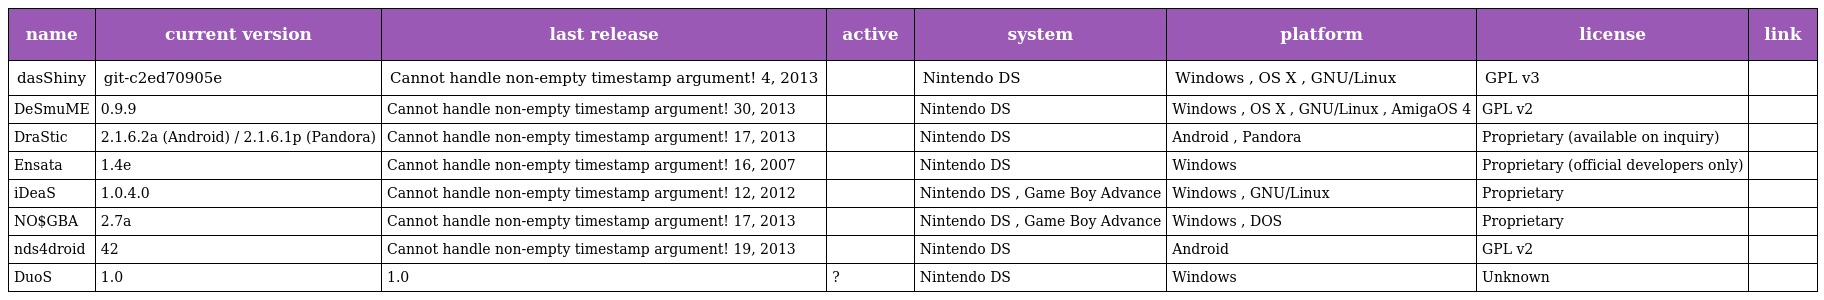
| name | current version | last release | active | system | platform | license | link |
 | --- | --- | --- | --- | --- | --- | --- | --- |
 | dasShiny | git-c2ed70905e | Cannot handle non-empty timestamp argument! 4, 2013 |  | Nintendo DS | Windows , OS X , GNU/Linux | GPL v3 |  |
 | DeSmuME | 0.9.9 | Cannot handle non-empty timestamp argument! 30, 2013 |  | Nintendo DS | Windows , OS X , GNU/Linux , AmigaOS 4 | GPL v2 |  |
 | DraStic | 2.1.6.2a (Android) / 2.1.6.1p (Pandora) | Cannot handle non-empty timestamp argument! 17, 2013 |  | Nintendo DS | Android , Pandora | Proprietary (available on inquiry) |  |
 | Ensata | 1.4e | Cannot handle non-empty timestamp argument! 16, 2007 |  | Nintendo DS | Windows | Proprietary (official developers only) |  |
 | iDeaS | 1.0.4.0 | Cannot handle non-empty timestamp argument! 12, 2012 |  | Nintendo DS , Game Boy Advance | Windows , GNU/Linux | Proprietary |  |
 | NO$GBA | 2.7a | Cannot handle non-empty timestamp argument! 17, 2013 |  | Nintendo DS , Game Boy Advance | Windows , DOS | Proprietary |  |
 | nds4droid | 42 | Cannot handle non-empty timestamp argument! 19, 2013 |  | Nintendo DS | Android | GPL v2 |  |
 | DuoS | 1.0 | 1.0 | ? | Nintendo DS | Windows | Unknown |  |